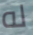
له